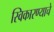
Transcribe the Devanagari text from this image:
स्विकारण्याचे